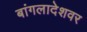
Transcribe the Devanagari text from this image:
बांगलादेशवर